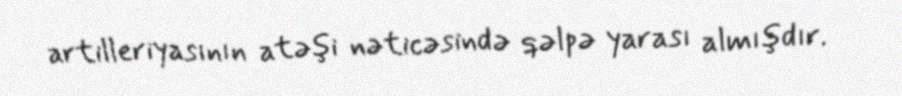
artilleriyasının atəşi nəticəsində qəlpə yarası almışdır.